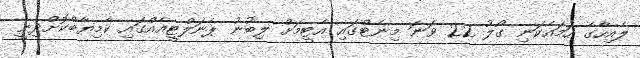
ލެއިހާގެ ހަމައެކަނި ގޯލު 22 ވަނަ މިނެޓްގައި އެޓީމަށް ލިބުނު ޕެނަލްޓީއެއްގައި ކާމިޔާބްކޮށްދިނީ